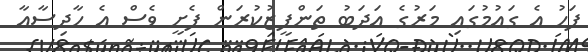
ފަހު އެ ގައުމުގައި މަރުގެ އަދަބު ތަންފީޒުކުރަން ފެށީ ވެސް އެ ހާދިސާއާ